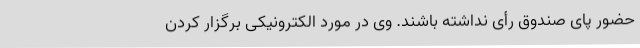
حضور پای صندوق رأی نداشته باشند. وی در مورد الکترونیکی برگزار کردن